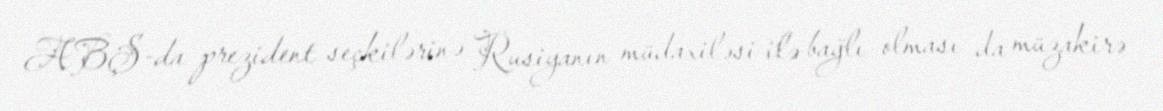
ABŞ-da prezident seçkilərinə Rusiyanın müdaxiləsi ilə bağlı olması da müzakirə